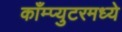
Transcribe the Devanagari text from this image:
काँम्प्युटरमध्ये